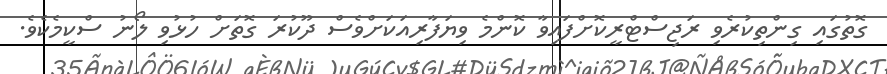
ގޮތުގައި ގިންތިކުރެވި ރަޖިސްޓްރީކޮށްފައިވާ ކޮންމެ ވިޔަފާރިއަކަށްވެސް ދޫކުރަ ގޮތަށް ހުޅުވި ލޯނު ސްކީމެކެވެ.